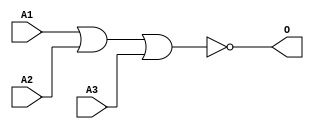
module MJNOR3A1(A1, A2, A3, O);
input   A1;
input   A2;
input   A3;
output  O;
nor g0(O, A1, A2, A3);
endmodule